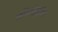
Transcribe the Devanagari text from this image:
सौंदर्यबुद्धीला